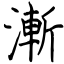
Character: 漸